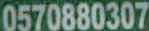
0570880307